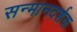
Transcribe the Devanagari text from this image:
सन्मानदर्शक